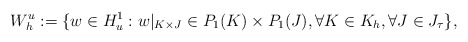
\begin{align*}W_h^u := \{ w \in H_u^1: w|_{K \times J} \in P_1(K) \times P_1(J), \forall K \in K_h, \forall J \in J_{\tau} \}, \end{align*}